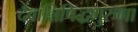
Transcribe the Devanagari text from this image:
दैवान्निषिद्धगुरुगा